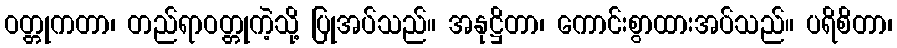
ဝတ္တုကတာ၊ တည်ရာဝတ္တုကဲ့သို့ ပြုအပ်သည်။ အနုဋ္ဌိတာ၊ ကောင်းစွာထားအပ်သည်။ ပရိစိတာ၊